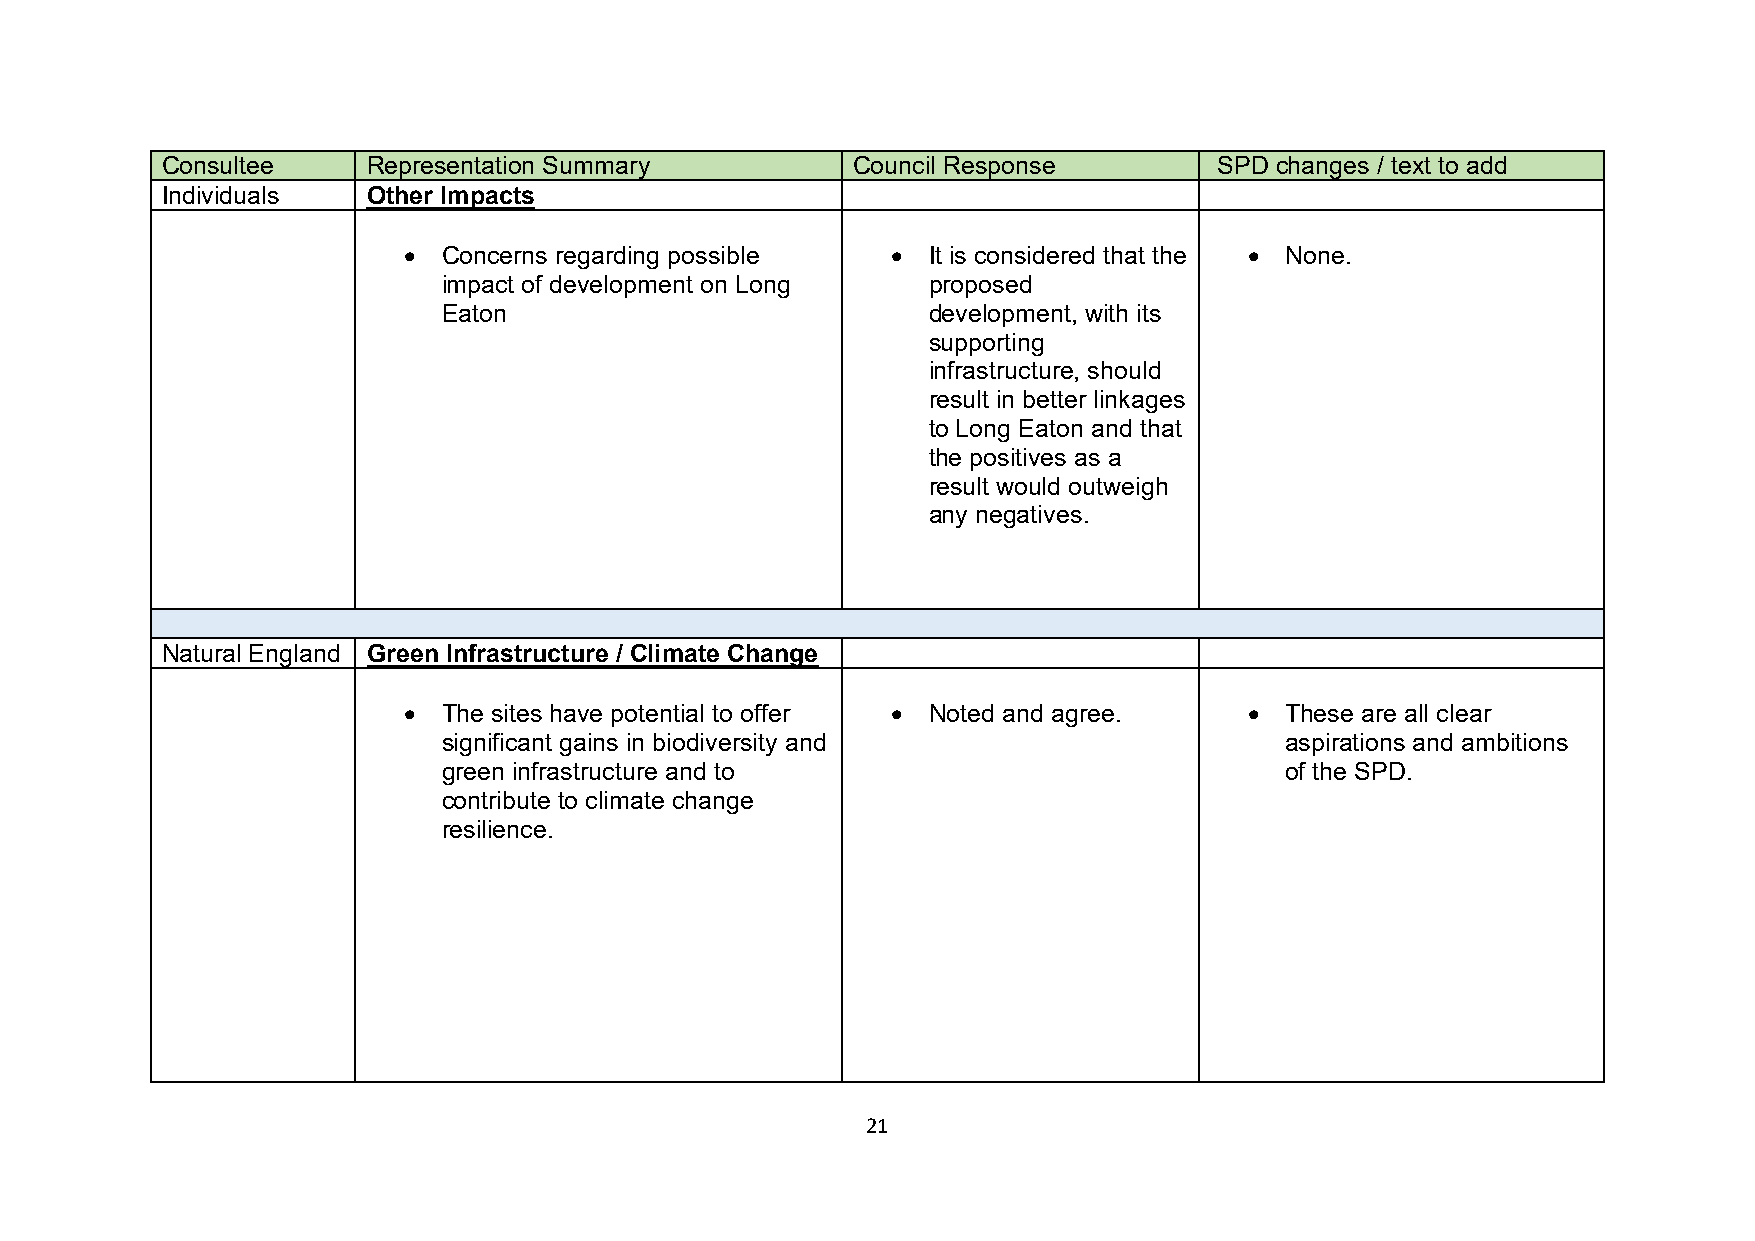
Consultee    Representation Summary          Council Response         SPD changes / text to add
 Individuals  Other Impacts
 • Concerns regarding possible   • It is considered that the • None.
 impact of development on Long   proposed
 Eaton                           development, with its
 supporting
 infrastructure, should
 result in better linkages
 to Long Eaton and that
 the positives as a
 result would outweigh
 any negatives.
 Natural England Green Infrastructure / Climate Change
 • The sites have potential to offer • Noted and agree.  • These are all clear
 significant gains in biodiversity and                   aspirations and ambitions
 green infrastructure and to                             of the SPD.
 contribute to climate change
 resilience.
 21